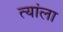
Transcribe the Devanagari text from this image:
त्यांला